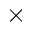
\times